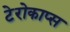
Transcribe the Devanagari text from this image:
टेरोकाप्स